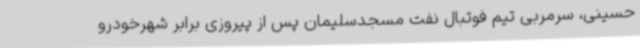
حسینی، سرمربی تیم فوتبال نفت مسجدسلیمان پس از پیروزی برابر شهرخودرو